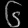
Digit: ၆